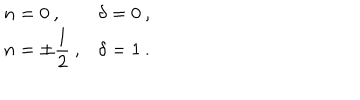
\begin{array} { l l } { { n = 0 \: , } } & { { \delta = 0 \: , } } \\ { { n = \pm \displaystyle \frac { 1 } { 2 } \: , } } & { { \delta = 1 \: . } } \\ \end{array}